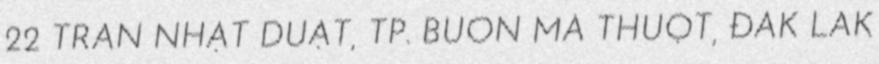
22 TRẦN NHẬT DUẬT, TP. BUÔN MA THUỘT, ĐẮK LẮK